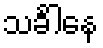
သင်္ခါနေ